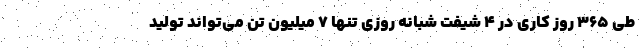
طی ۳۶۵ روز کاری در ۴ شیفت شبانه روزی تنها ۷ میلیون تن می‌تواند تولید